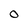
Character: 0